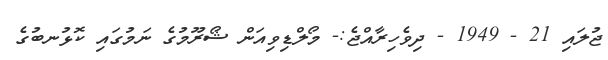
ޖުލައި 21 - 1949 - ދިވެހިރާއްޖެ:- މޯލްޑިވިއަން ޝޯރޫމުގެ ނަމުގައި ކޮޅުނބުގެ